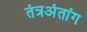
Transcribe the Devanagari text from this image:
तंत्रअंतांग